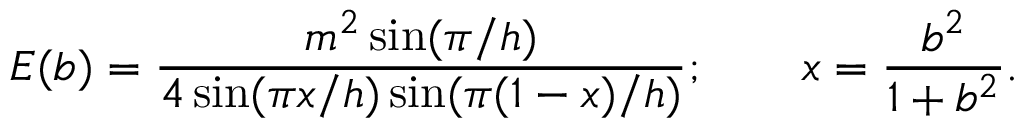
E ( b ) = \frac { m ^ { 2 } \sin ( \pi / h ) } { 4 \sin ( \pi x / h ) \sin ( \pi ( 1 - x ) / h ) } ; \qquad x = \frac { b ^ { 2 } } { 1 + b ^ { 2 } } .